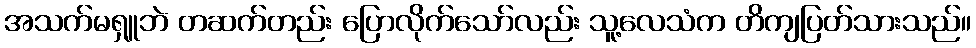
အသက်မရှူဘဲ တဆက်တည်း ပြောလိုက်သော်လည်း သူ့လေသံက တိကျပြတ်သားသည်။